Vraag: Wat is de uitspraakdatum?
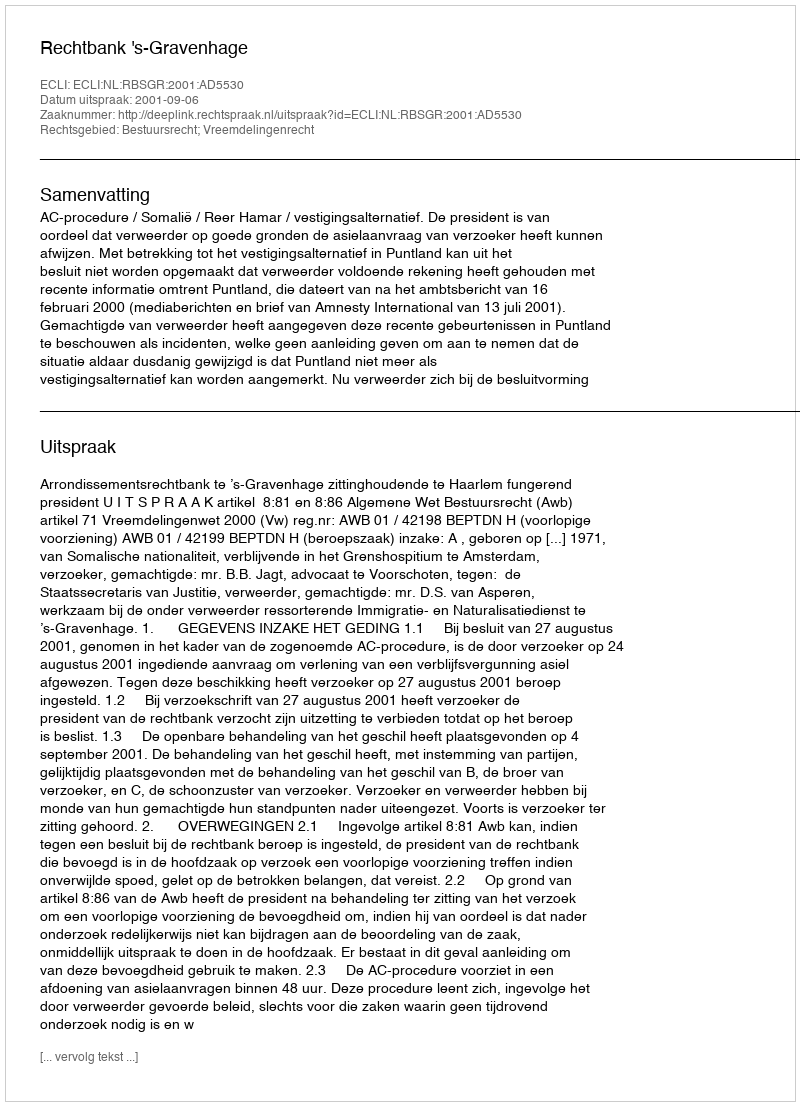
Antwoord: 2001-09-06